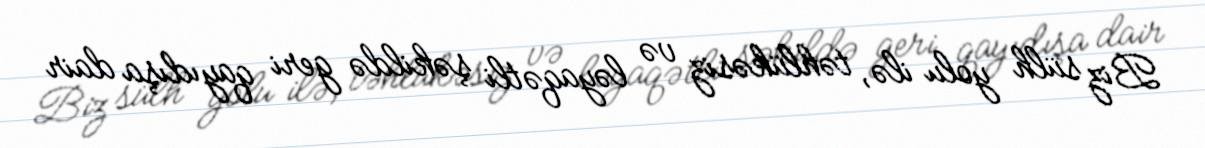
Biz sülh yolu ilə, təhlükəsiz və ləyaqətli şəkildə geri qayıdışa dair